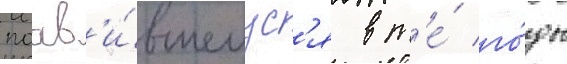
поав'и́вшемус'я в т'е́ го́ды